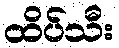
ထိပ်သီး